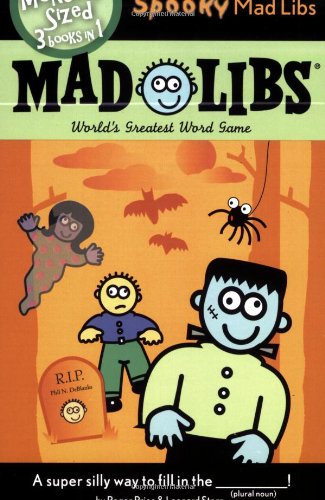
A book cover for Spooky Mad Libs; Roger Price; Children's Books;